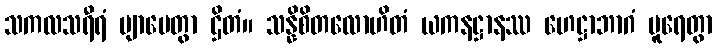
သကလသရီရံ ဗျာပေတွာ ဌိတံ။ သန္နိစိတလောဟိတံ ယကနဋ္ဌာနဿ ဟေဋ္ဌာဘာဂံ ပူရေတွာ